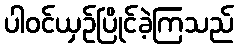
ပါဝင်ယှဉ်ပြိုင်ခဲ့ကြသည်